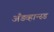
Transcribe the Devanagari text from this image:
अँडव्हान्स्ड